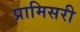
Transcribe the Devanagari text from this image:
प्रामिसरी